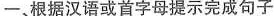
一、根据汉语或首字母提示完成句子